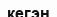
кегэн